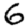
Digit: 6